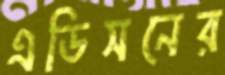
এডিসনের